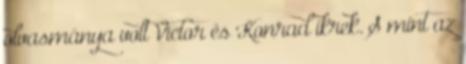
olvasmánya volt Victor és Konrad ikrek. S mint az